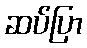
ဆပ်ပြာ